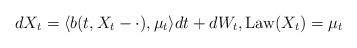
LaTeX: \begin{align*} dX_t=\langle b(t,X_t-\cdot),\mu_t\rangle dt +dW_t,\operatorname{Law}(X_t)=\mu_t\end{align*}